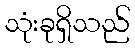
သုံးခုရှိသည်